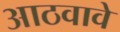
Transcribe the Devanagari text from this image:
आठवावे